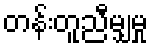
တန်းတူညီမျှမှု